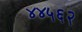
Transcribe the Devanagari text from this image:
४४५६२